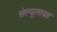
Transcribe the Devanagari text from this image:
सेल्यूलायड